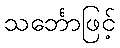
သင်္ဘောဖြင့်